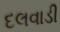
દલવાડી